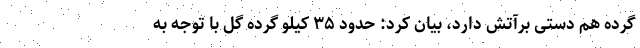
گرده هم دستی برآتش دارد، بیان کرد: حدود ۳۵ کیلو گرده گل با توجه به